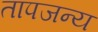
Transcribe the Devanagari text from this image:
तापजन्य